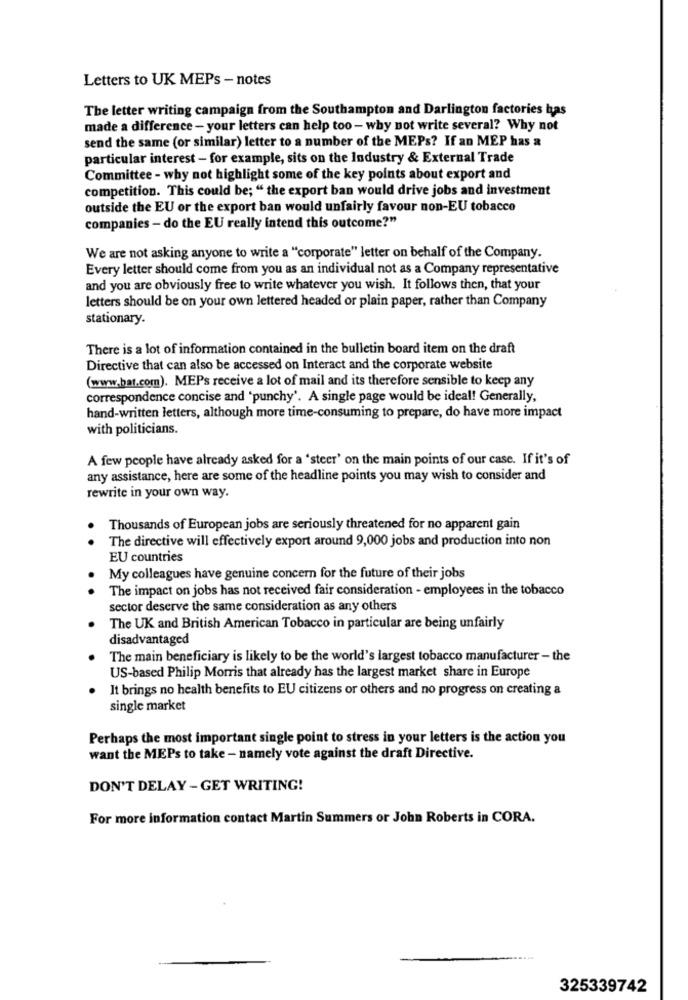
Letters to UK MEPs - notes
The letter writing campaign from the Southampton and Darlington factories bas
made a difference - your letters can help too - why not write several? Why not
send the same (or similar) letter to a number of the MEPs? If an MEP has a
particular interest - for example, sits on the Industry & External Trade
Committee - why not highlight some of the key points about export and
competition. This could be; " the export ban would drive jobs and investment
outside the EU or the export ban would unfairly favour non-EU tobacco
companies - do the EU really intend this outcome?"
We are not asking anyone to write a "corporate" letter on behalf of the Company.
Every letter should come from you as an individual not as a Company representative
and you are obviously free to write whatever you wish. It follows then, that your
letters should be on your own lettered headed or plain paper, rather than Company
stationary.
There is a lot of information contained in the bulletin board item on the draft
Directive that can also be accessed on Interact and the corporate website
(www.hat.com). MEPs receive a lot of mail and its therefore sensible to keep any
correspondence concise and 'punchy'. A single page would be ideal! Generally,
hand-written letters, although more time-consuming to prepare, do have more impact
with politicians.
A few people have already asked for a 'steer' on the main points of our case. If it's of
any assistance, here are some of the headline points you may wish to consider and
rewrite in your own way.
Thousands of European jobs are seriously threatened for no apparent gain
The directive will effectively export around 9,000 jobs and production into non
EU countries
My colleagues have genuine concern for the future of their jobs
The impact on jobs has not received fair consideration - employees in the tobacco
sector deserve the same consideration as any others
The UK and British American Tobacco in particular are being unfairly
disadvantaged
The main beneficiary is likely to be the world's largest tobacco manufacturer - the
US-based Philip Morris that already has the largest market share in Europe
It brings no health benefits to EU citizens or others and no progress on creating a
single market
Perhaps the most important single point to stress in your letters is the action you
want the MEPs to take - namely vote against the draft Directive.
DON'T DELAY - GET WRITING!
For more information contact Martin Summers or John Roberts in CORA.
325339742